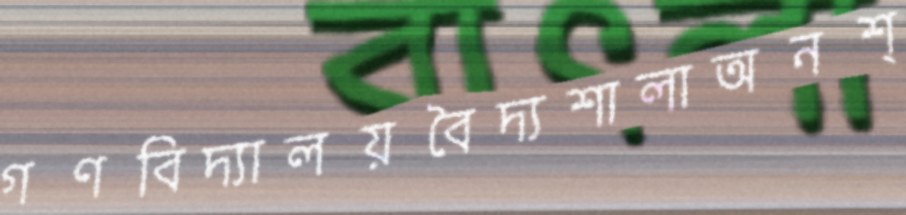
গণবিদ্যালয়বৈদ্যশালাঅনশ্